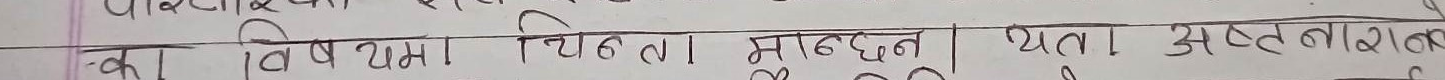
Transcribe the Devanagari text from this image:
विषयमा चिन्तन मान्छन् यतः स्पष्टता नै